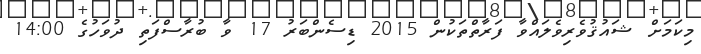
މިކަމަށް ޝައުޤުވެރިވެލައްވާ ފަރާތްތަކުން 2015 ޑިސެންބަރު 17 ވާ ބުރާސްފަތި ދުވަހުގެ 14:00